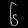
Digit: ၆